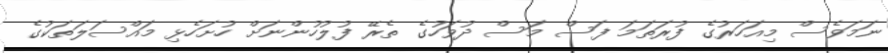
ނަމަވެސް މިއަހަރުގެ ފުރަތަމަ ފަސް މަސް ދުވަހުގެ ތެރޭ ފުލުހުންނަށް ހުށަހެޅި މައްސަލަތަކުގެ